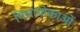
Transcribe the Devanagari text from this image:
विधायोकाओं